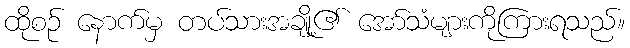
ထိုစဉ် နောက်မှ တပ်သားအချို့၏ အော်သံများကိုကြားရသည်။